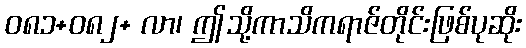
ဝ၈၁+၀၈၂+ လာ၊ ဤသို့ကာသိကရာဇ်တိုင်းဖြစ်ပုဆိုး